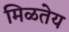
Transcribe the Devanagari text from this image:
मिळतेय